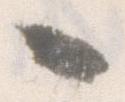
々